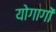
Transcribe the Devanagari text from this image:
योगागों